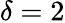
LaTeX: \delta=2